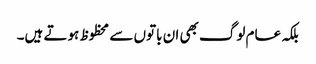
بلکہ عام لوگ بھی ان باتوں سے محظوظ ہوتے ہیں۔